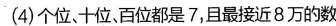
(4)个位。十位，百位都是7，且最接近8万的数